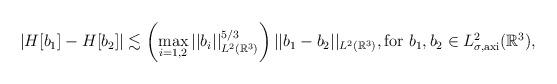
LaTeX: \begin{align*}\left|H[b_1]-H[b_2]\right|&\lesssim \left(\max_{i=1,2} ||b_i||_{L^{2}(\mathbb{R}^{3}) } ^{5/3}\right) ||b_1-b_2||_{L^{2}(\mathbb{R}^{3}) }, \textrm{for}\ b_1,b_2\in L^{2}_{\sigma,\textrm{axi}}(\mathbb{R}^{3}),\end{align*}